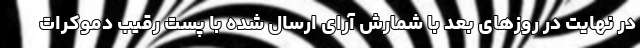
در نهایت در روزهای بعد با شمارش آرای ارسال شده با پست رقیب دموکرات